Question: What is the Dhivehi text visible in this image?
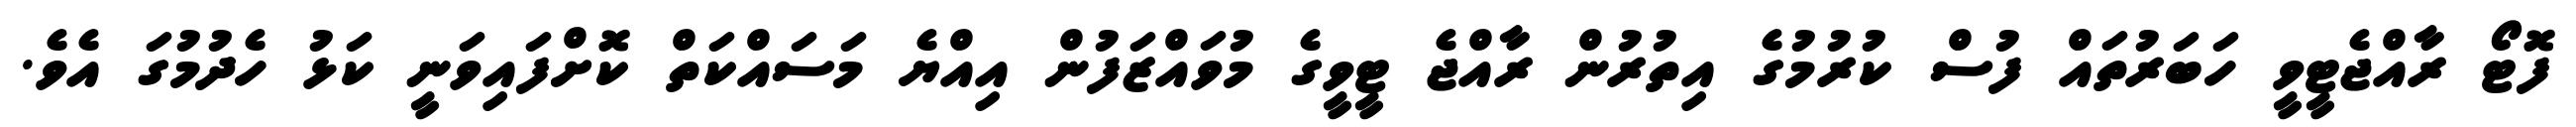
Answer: ފޮޓޯ ރާއްޖެޓީވީ ހަބަރުތައް ފުސް ކުރުމުގެ އިތުރުން ރާއްޖެ ޓީވީގެ މުވައްޒަފުން އިއްޔެ މަސައްކަތް ކޮށްފައިވަނީ ކަޅު ހެދުމުގަ އެވެ.